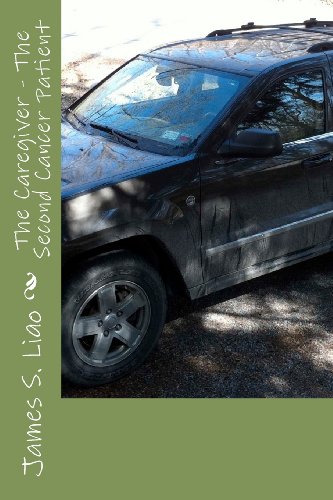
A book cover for The Caregiver - The Second Cancer Patient: Making Better Lemonade; Mr. James S Liao; Medical Books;